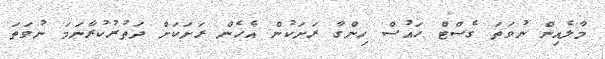
މާލެއިން ނުވަތަ ގެސްޓް ހައުސް ހިންގާ ރަށަކުން އެހެން ރަށަކަށް ދަތުރުކުރާނަމަ ނުވަތަ